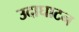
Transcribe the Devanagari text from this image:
उदाघाटन